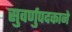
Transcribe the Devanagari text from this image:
सुवर्णुपदकाने